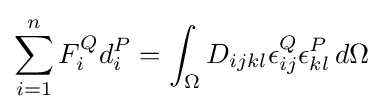
\sum _{i=1}^{n}F_{i}^{Q}d_{i}^{P}=\int _{\Omega }D_{ijkl}\epsilon _{ij}^{Q}\epsilon _{kl}^{P}\,d\Omega